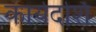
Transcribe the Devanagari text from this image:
कार्यदर्शि